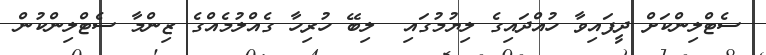
ސެޓްލިންކަށް ދީފައިވާ ހުއްދައިގެ ލިޔުމުގައި  ލިބޭ ހުރިހާ ގެއްލުމެއްގެ ޒިންމާ ސެޓްލިންކުން